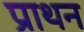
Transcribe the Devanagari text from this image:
प्राथन